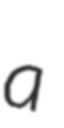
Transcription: a